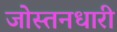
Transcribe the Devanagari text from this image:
जोस्तनधारी